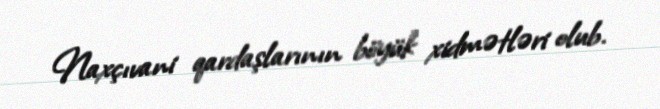
Naxçıvani qardaşlarının böyük xidmətləri olub.